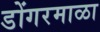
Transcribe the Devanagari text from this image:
डोंगरमाळा